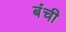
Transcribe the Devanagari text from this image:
बंची